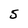
Character: 5